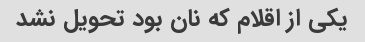
یکی از اقلام که نان بود تحویل نشد